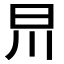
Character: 𣅕